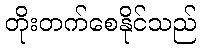
တိုးတက်စေနိုင်သည်